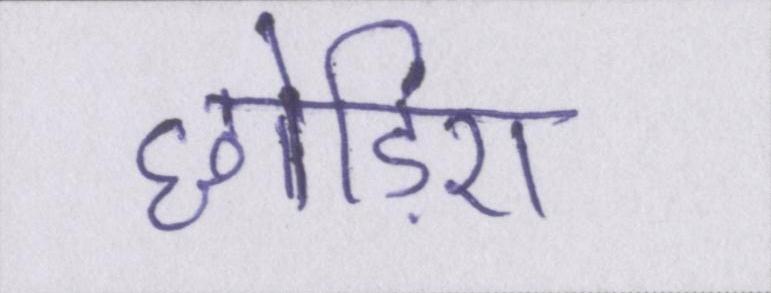
छोड़िए